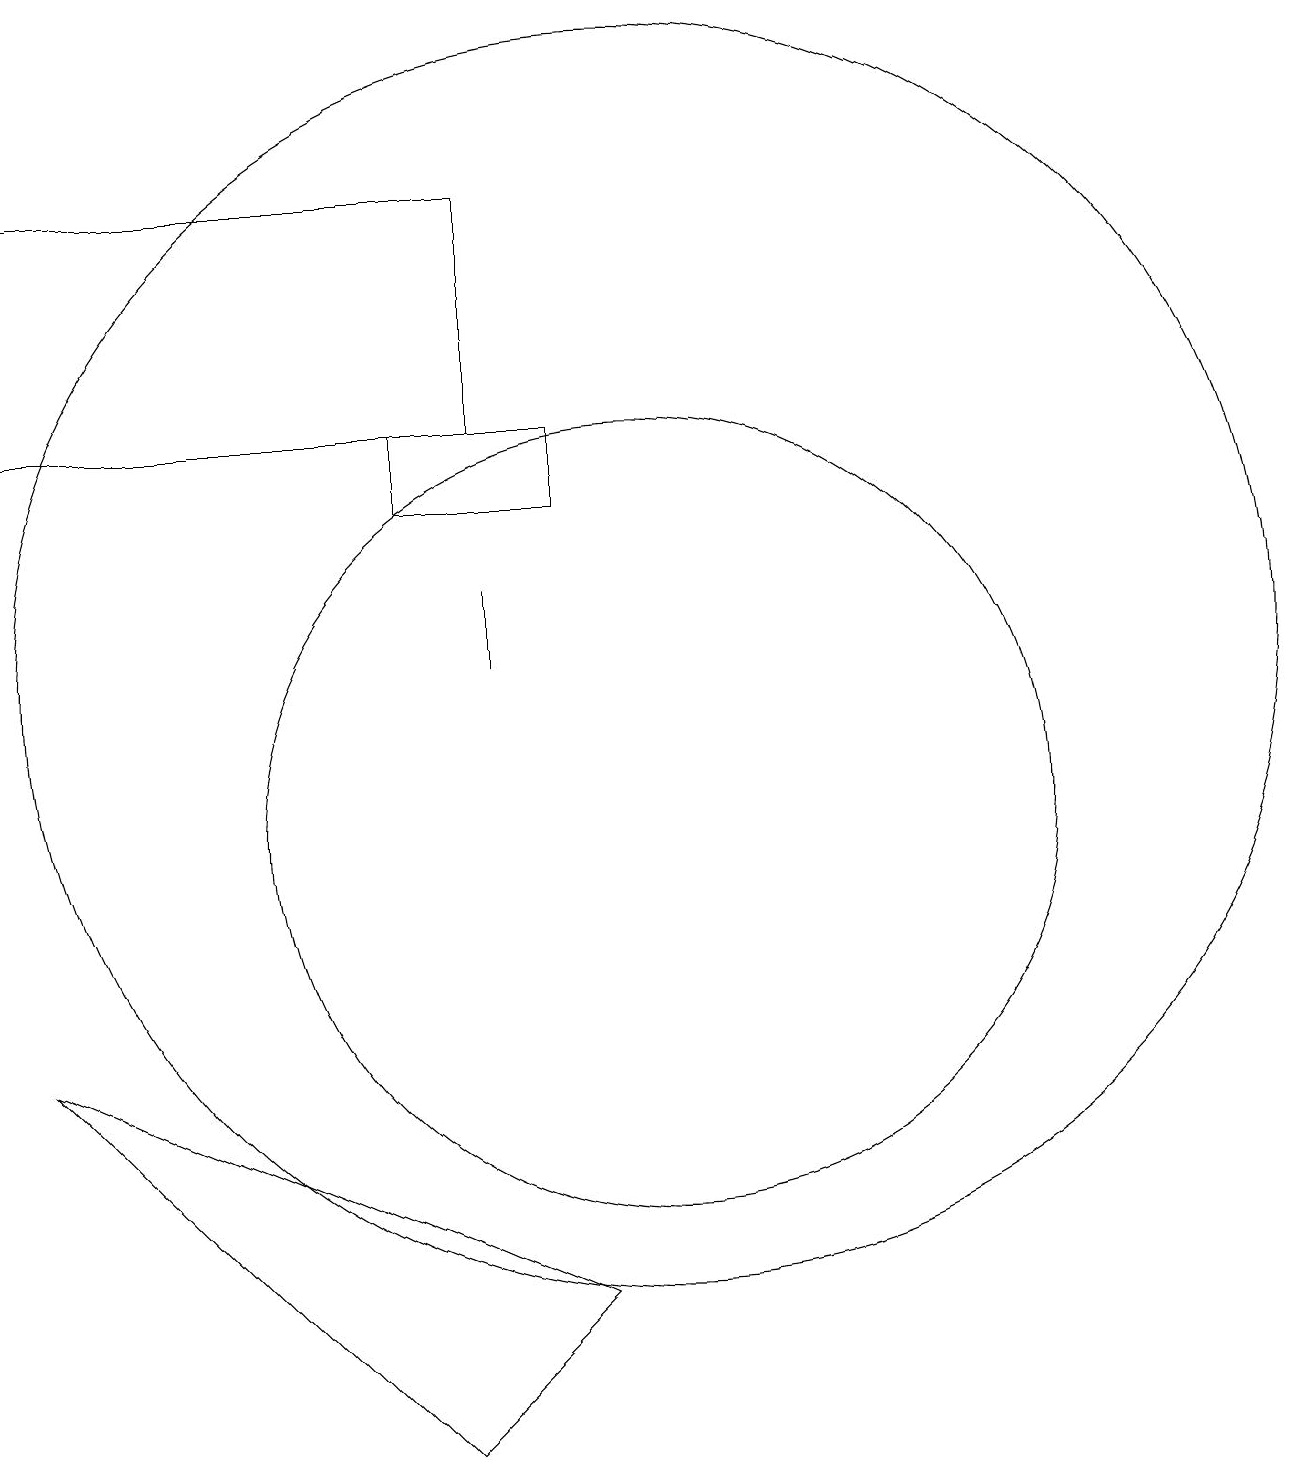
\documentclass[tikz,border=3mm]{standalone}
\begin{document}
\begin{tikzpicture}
\draw (8,18) rectangle (2,15);
\draw (9,4) -- (2,7) -- (7,2) -- cycle;
\draw (8,12) rectangle (8,13);
\draw (10,12) circle (8);
\draw (7,14) rectangle (9,15);
\draw (10,10) circle (5);
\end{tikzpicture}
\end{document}